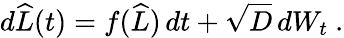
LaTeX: d\widehat{L}(t)=f(\widehat{L})\, dt+\sqrt{D}\, dW_{t}\ .